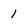
Character: 1